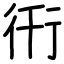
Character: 衎